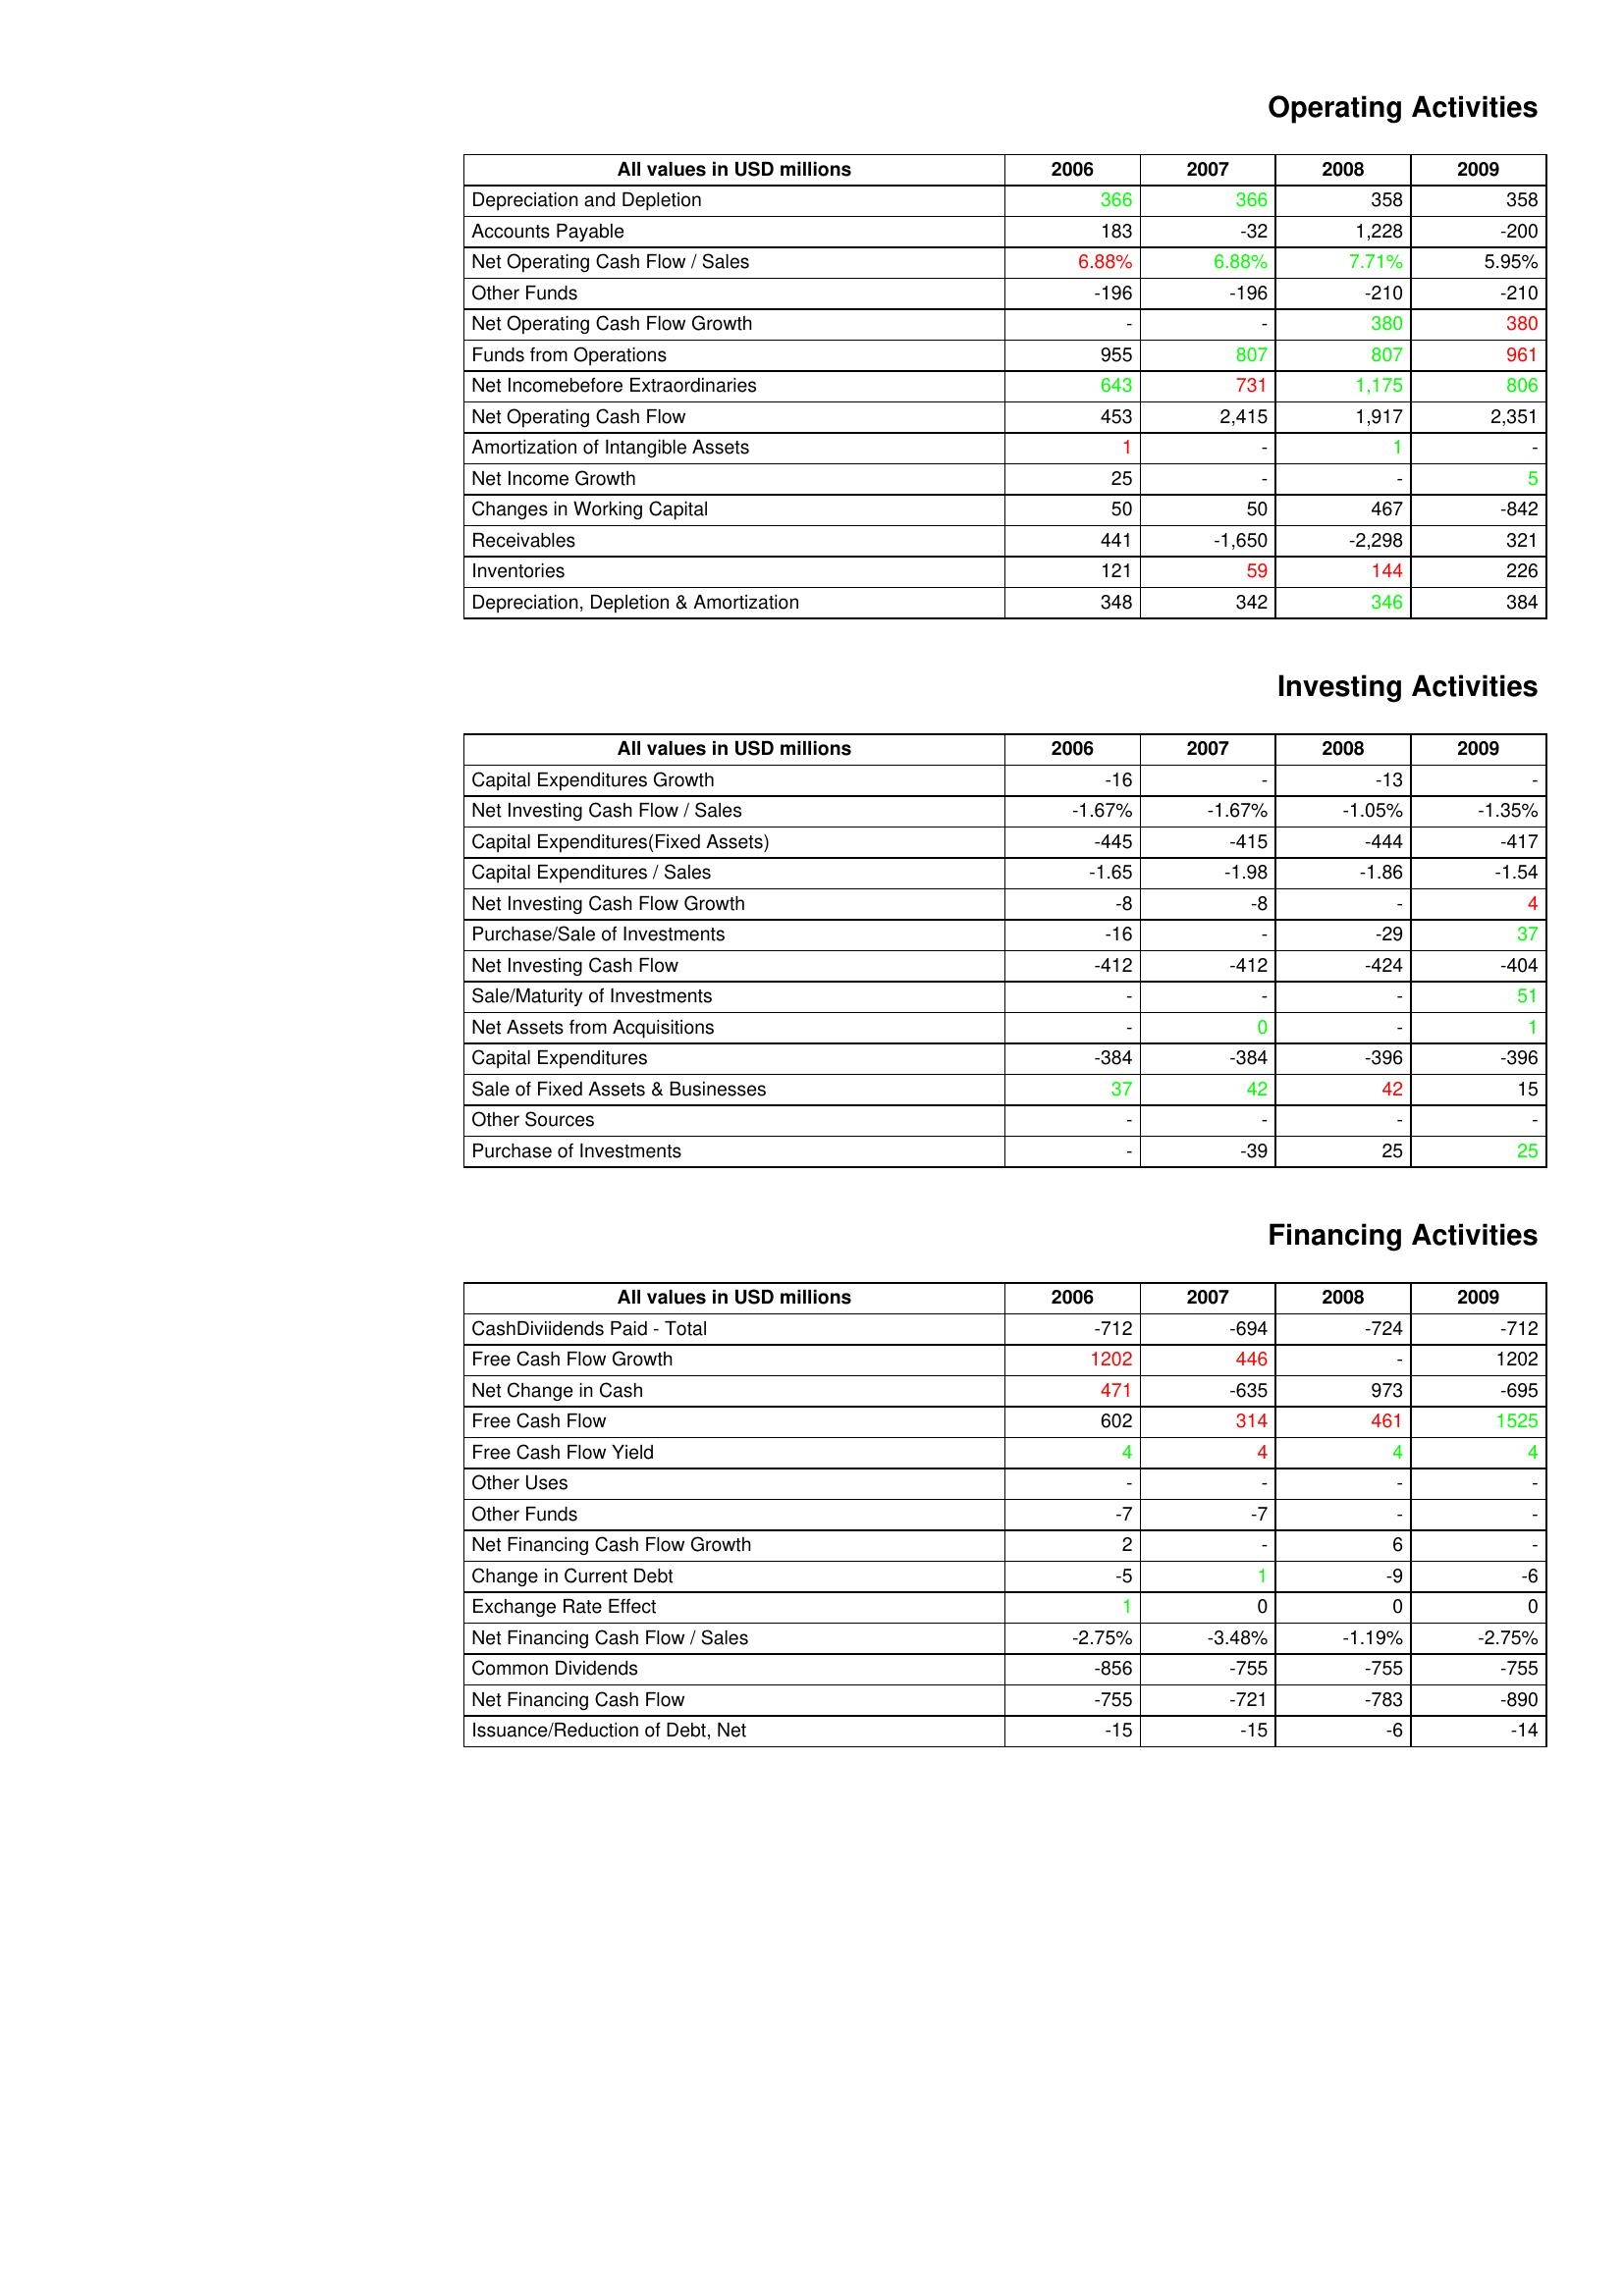
gt_parse: 2006: Operating Activities: Depreciation and Depletion: 366
Accounts Payable: 183
Net Operating Cash Flow / Sales: 6.88%
Other Funds: -196
Net Operating Cash Flow Growth: -
Funds from Operations: 955
Net Incomebefore Extraordinaries: 643
Net Operating Cash Flow: 453
Amortization of Intangible Assets: 1
Net Income Growth: 25
Changes in Working Capital: 50
Receivables: 441
Inventories: 121
Depreciation, Depletion & Amortization: 348
Investing Activities: Capital Expenditures Growth: -16
Net Investing Cash Flow / Sales: -1.67%
Capital Expenditures(Fixed Assets): -445
Capital Expenditures / Sales: -1.65
Net Investing Cash Flow Growth: -8
Purchase/Sale of Investments: -16
Net Investing Cash Flow: -412
Sale/Maturity of Investments: -
Net Assets from Acquisitions: -
Capital Expenditures: -384
Sale of Fixed Assets & Businesses: 37
Other Sources: -
Purchase of Investments: -
Financing Activities: CashDiviidends Paid - Total: -712
Free Cash Flow Growth: 1202
Net Change in Cash: 471
Free Cash Flow: 602
Free Cash Flow Yield: 4
Other Uses: -
Other Funds: -7
Net Financing Cash Flow Growth: 2
Change in Current Debt: -5
Exchange Rate Effect: 1
Net Financing Cash Flow / Sales: -2.75%
Common Dividends: -856
Net Financing Cash Flow: -755
Issuance/Reduction of Debt, Net: -15
2007: Operating Activities: Depreciation and Depletion: 366
Accounts Payable: -32
Net Operating Cash Flow / Sales: 6.88%
Other Funds: -196
Net Operating Cash Flow Growth: -
Funds from Operations: 807
Net Incomebefore Extraordinaries: 731
Net Operating Cash Flow: 2,415
Amortization of Intangible Assets: -
Net Income Growth: -
Changes in Working Capital: 50
Receivables: -1,650
Inventories: 59
Depreciation, Depletion & Amortization: 342
Investing Activities: Capital Expenditures Growth: -
Net Investing Cash Flow / Sales: -1.67%
Capital Expenditures(Fixed Assets): -415
Capital Expenditures / Sales: -1.98
Net Investing Cash Flow Growth: -8
Purchase/Sale of Investments: -
Net Investing Cash Flow: -412
Sale/Maturity of Investments: -
Net Assets from Acquisitions: 0
Capital Expenditures: -384
Sale of Fixed Assets & Businesses: 42
Other Sources: -
Purchase of Investments: -39
Financing Activities: CashDiviidends Paid - Total: -694
Free Cash Flow Growth: 446
Net Change in Cash: -635
Free Cash Flow: 314
Free Cash Flow Yield: 4
Other Uses: -
Other Funds: -7
Net Financing Cash Flow Growth: -
Change in Current Debt: 1
Exchange Rate Effect: 0
Net Financing Cash Flow / Sales: -3.48%
Common Dividends: -755
Net Financing Cash Flow: -721
Issuance/Reduction of Debt, Net: -15
2008: Operating Activities: Depreciation and Depletion: 358
Accounts Payable: 1,228
Net Operating Cash Flow / Sales: 7.71%
Other Funds: -210
Net Operating Cash Flow Growth: 380
Funds from Operations: 807
Net Incomebefore Extraordinaries: 1,175
Net Operating Cash Flow: 1,917
Amortization of Intangible Assets: 1
Net Income Growth: -
Changes in Working Capital: 467
Receivables: -2,298
Inventories: 144
Depreciation, Depletion & Amortization: 346
Investing Activities: Capital Expenditures Growth: -13
Net Investing Cash Flow / Sales: -1.05%
Capital Expenditures(Fixed Assets): -444
Capital Expenditures / Sales: -1.86
Net Investing Cash Flow Growth: -
Purchase/Sale of Investments: -29
Net Investing Cash Flow: -424
Sale/Maturity of Investments: -
Net Assets from Acquisitions: -
Capital Expenditures: -396
Sale of Fixed Assets & Businesses: 42
Other Sources: -
Purchase of Investments: 25
Financing Activities: CashDiviidends Paid - Total: -724
Free Cash Flow Growth: -
Net Change in Cash: 973
Free Cash Flow: 461
Free Cash Flow Yield: 4
Other Uses: -
Other Funds: -
Net Financing Cash Flow Growth: 6
Change in Current Debt: -9
Exchange Rate Effect: 0
Net Financing Cash Flow / Sales: -1.19%
Common Dividends: -755
Net Financing Cash Flow: -783
Issuance/Reduction of Debt, Net: -6
2009: Operating Activities: Depreciation and Depletion: 358
Accounts Payable: -200
Net Operating Cash Flow / Sales: 5.95%
Other Funds: -210
Net Operating Cash Flow Growth: 380
Funds from Operations: 961
Net Incomebefore Extraordinaries: 806
Net Operating Cash Flow: 2,351
Amortization of Intangible Assets: -
Net Income Growth: 5
Changes in Working Capital: -842
Receivables: 321
Inventories: 226
Depreciation, Depletion & Amortization: 384
Investing Activities: Capital Expenditures Growth: -
Net Investing Cash Flow / Sales: -1.35%
Capital Expenditures(Fixed Assets): -417
Capital Expenditures / Sales: -1.54
Net Investing Cash Flow Growth: 4
Purchase/Sale of Investments: 37
Net Investing Cash Flow: -404
Sale/Maturity of Investments: 51
Net Assets from Acquisitions: 1
Capital Expenditures: -396
Sale of Fixed Assets & Businesses: 15
Other Sources: -
Purchase of Investments: 25
Financing Activities: CashDiviidends Paid - Total: -712
Free Cash Flow Growth: 1202
Net Change in Cash: -695
Free Cash Flow: 1525
Free Cash Flow Yield: 4
Other Uses: -
Other Funds: -
Net Financing Cash Flow Growth: -
Change in Current Debt: -6
Exchange Rate Effect: 0
Net Financing Cash Flow / Sales: -2.75%
Common Dividends: -755
Net Financing Cash Flow: -890
Issuance/Reduction of Debt, Net: -14